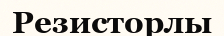
Резисторлы